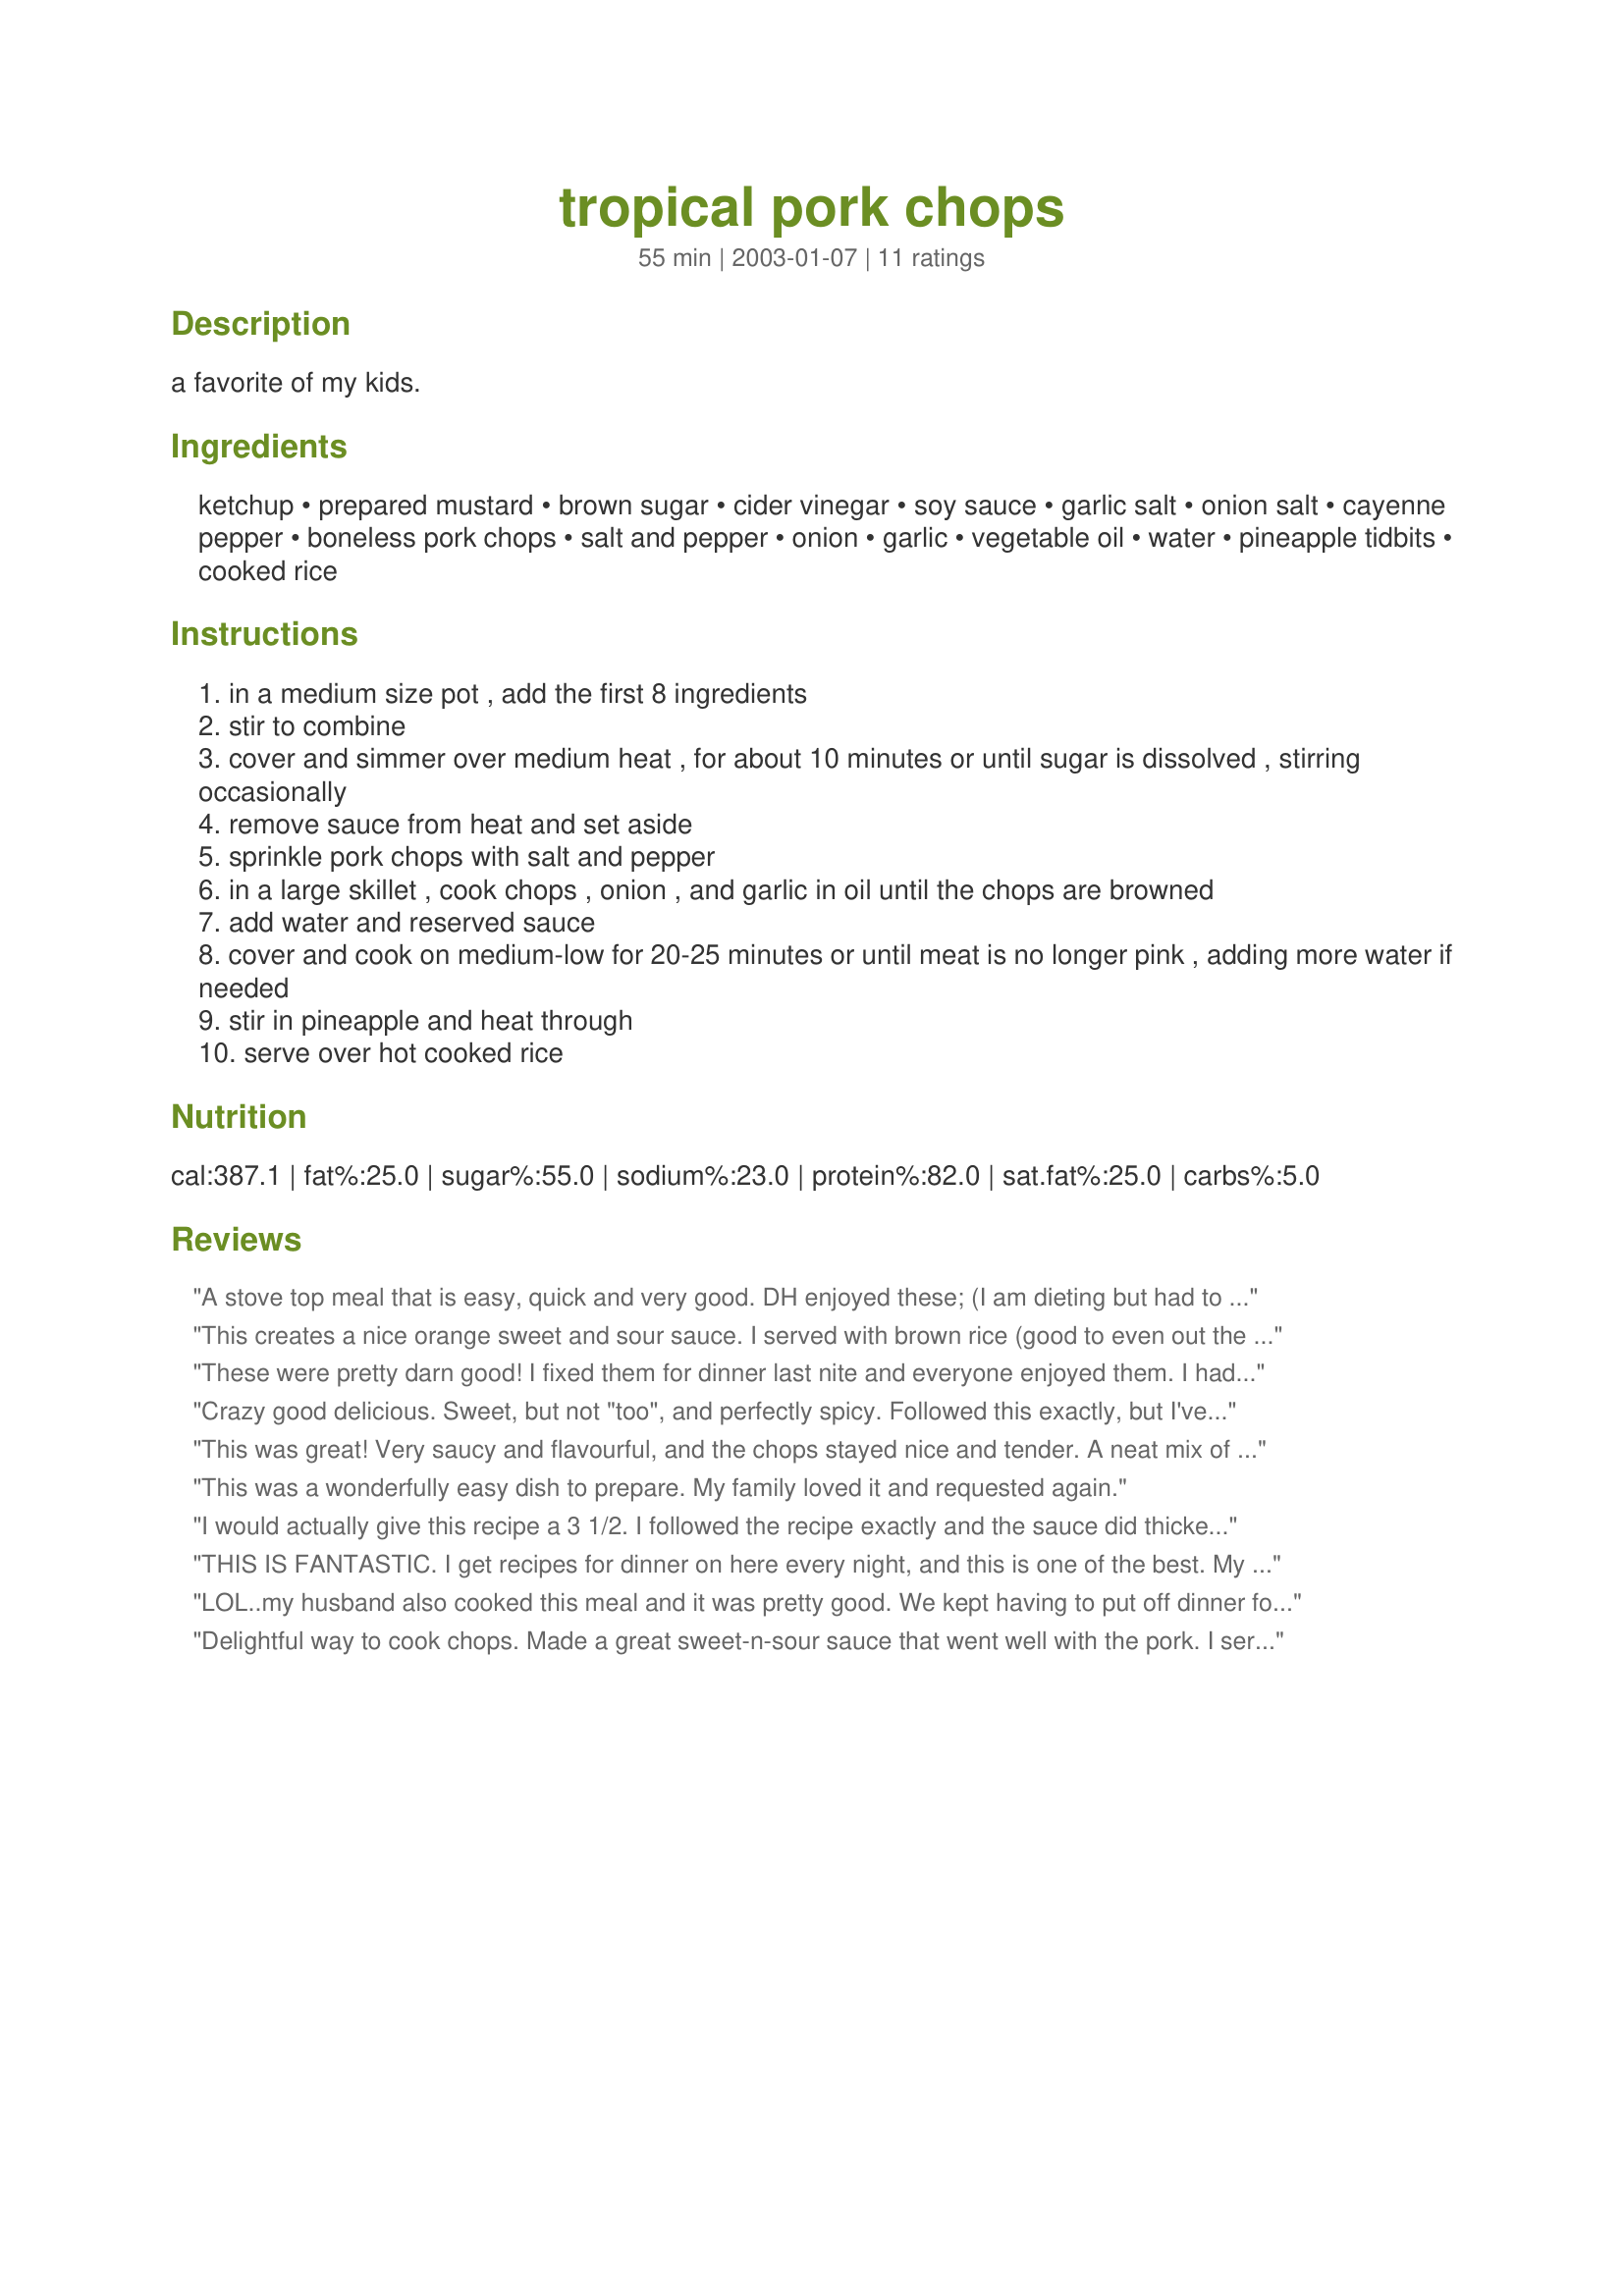
tropical pork chops
Preparation time: 55 minutes

a favorite of my kids.

Ingredients:
ketchup, prepared mustard, brown sugar, cider vinegar, soy sauce, garlic salt, onion salt, cayenne pepper, boneless pork chops, salt and pepper, onion, garlic, vegetable oil, water, pineapple tidbits, cooked rice

Steps:
in a medium size pot , add the first 8 ingredients
stir to combine
cover and simmer over medium heat , for about 10 minutes or until sugar is dissolved , stirring occasionally
remove sauce from heat and set aside
sprinkle pork chops with salt and pepper
in a large skillet , cook chops , onion , and garlic in oil until the chops are browned
add water and reserved sauce
cover and cook on medium-low for 20-25 minutes or until meat is no longer pink , adding more water if needed
stir in pineapple and heat through
serve over hot cooked rice

Reviews:
A stove top meal that is easy, quick and very good. DH enjoyed these; (I am dieting but had to have a small taste myself); and I thought they were good. I used what I had on hand: chops with the bone in,Teriyaki sauce rather than soy sauce and crushed pineapple vs. tidbits. I added some of the pineapple juice as well. I served this with Rice a Roni Fried Rice. A good recipe to use for something "different" when cooking pork chops.
This creates a nice orange sweet and sour sauce. I served with brown rice (good to even out the sweet and sour) and roasted peppers, onions, and mushrooms. Great meal!
These were pretty darn good! I fixed them for dinner last nite and everyone enjoyed them. I had center cut bone-in chops and they were fall off the bone tender. Thanks for posting. This one goes into my regular monthly rotation.
Crazy good delicious. Sweet, but not "too", and perfectly spicy. Followed this exactly, but I've got to say - I thought the nutritional facts looked suspect (i.e., 98 calories per serving?) I decided to feed the exact ingredients into food.com in a separate window ("submit a recipe") to see what I would get. It computed 416 calories per serving! That didn't sound right, either, given that a small boneless pork loin chop is about 191 calories. (I wouldn't be fussing about the calories but I'm trying to shed a few pounds before going to sunny Florida in February and I'm hyper.) I guess, as made, these chops come out to be about 250 calories a serving? Oh who cares anyway - they're delicious! And I do mean delicious! Thanks for a Certain Keeper.
This was great! Very saucy and flavourful, and the chops stayed nice and tender. A neat mix of tastes, seems like there's everything but the kitchen sink in this one! A big hit with DH as well. Definitely one to do again, very soon.
This was a wonderfully easy dish to prepare. My family loved it and requested again.
I would actually give this recipe a 3 1/2. I followed the recipe exactly and the sauce did thicken but not by much. I used centre cut bonless chops and crushed pinneapple. 
It was very delicious and I would definately make it again, but it seemed to be missing something important.......
THIS IS FANTASTIC. I get recipes for dinner on here every night, and this is one of the best. My hubby had to cook it because I've torn the ligaments in my knee, he did a wonderful job, turned out perfect, and my kids liked it too! What more could I ask for! Tender and juicy and lots of flavour. It is a keeper here!
LOL..my husband also cooked this meal and it was pretty good. We kept having to put off dinner for about an hour, but even at that the pork was very tender and the sauce was a sweet/sour one, which I happen to like. Thanks for posting.
Delightful way to cook chops. Made a great sweet-n-sour sauce that went well with the pork. I served the chops over rice and along with a vegetable stir-fry. Very good and a nice week-night easy dinner. Thank-you.
This was great! My kids even liked it and I have very picky kids. The only thing I did different was that I had no pinapple but I had pinapple juice (frozen). So I used it instead. I have made it both ways and we liked it better with the pineapple juice it made the sauce thicker and so it stuck to the pork real good. It was YUM YUMMY!!
